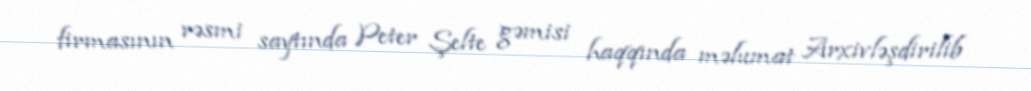
firmasının rəsmi saytında Peter Şelte gəmisi haqqında məlumat Arxivləşdirilib